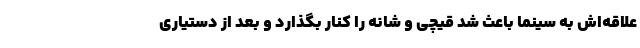
علاقه‌اش به سینما باعث شد قیچی و شانه را کنار بگذارد و بعد از دستیاری